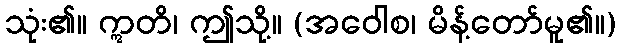
သုံး၏။ ဣတိ၊ ဤသို့။ (အဝေါစ၊ မိန့်တော်မူ၏။)